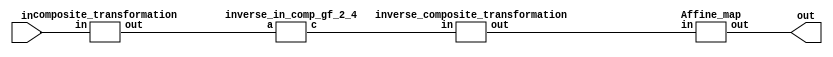
// Code your design here
module SBOX(input [7:0]in, output [7:0]out);
  wire [7:0]	temp1;
  wire [7:0]	temp2;
  wire [7:0]	temp3;
  
  composite_transformation composite_transformation(.in(in),.out(temp1));
  
  inverse_in_comp_gf_2_4 inverse_in_comp_gf_2_4(.a(temp1),.c(temp2));
  
  inverse_composite_transformation inverse_composite_transformation(.in(temp2),.out(temp3));
  
  Affine_map Affine_map(.in(temp3),.out(out));
  
endmodule

module composite_transformation(input [7:0]in,output [7:0]out);
  assign out[7] =in[7] ^ in[5];
  assign out[6] =in[7] ^ in[5] ^ in[3] ^ in[2];
  assign out[5] =in[7] ^ in[6] ^ in[4] ^ in[1];
  assign out[4] =in[6] ^ in[5] ^ in[4] ;
  assign out[3] =in[7] ^ in[6] ^ in[2] ^ in[1];
  assign out[2] =in[6] ^ in[4] ^ in[1] ;
  assign out[1] =in[3] ^ in[1] ;
  assign out[0] =in[7] ^ in[6] ^ in[4] ^ in[3] ^ in[2] ^ in[0];
  
endmodule

module inverse_composite_transformation(input [7:0]in,output [7:0]out);
  assign out[0]=  in[6] ^ in[4] ^ in[0];
  assign out[1]=  in[7] ^ in[5] ^ in[4];
  assign out[2]=  in[6] ^ in[5] ^ in[4] ^ in[1];
  assign out[3]=  in[7] ^ in[5] ^ in[4] ^ in[1] ;
  assign out[4]=  in[6] ^ in[4] ^ in[3] ^ in[1];
  assign out[5]=  in[7] ^ in[5] ^ in[2];
  assign out[6]=  in[7] ^ in[6] ^ in[5] ^ in[3] ^ in[2] ^ in[1];
  assign out[7]=  in[5] ^ in[2];
endmodule

module inverse_in_comp_gf_2_4(input [7:0]a,output [7:0]c);
  wire [3:0]ah;
  wire [3:0]al;
  wire [3:0]t;
  assign t =4'b1;
  wire [3:0]u;
  assign u = 4'h9;
  wire [3:0]A_sq;
  wire [3:0]sq_mul_u;
  wire [3:0]B_sq;
  wire [3:0]AB;
  wire [3:0]inv;
  assign al[0]=a[0];
  assign al[1]=a[1];
  assign al[2]=a[2];
  assign al[3]=a[3];
  assign ah[0]=a[4];
  assign ah[1]=a[5];
  assign ah[2]=a[6];
  assign ah[3]=a[7];
  wire [3:0]d0;
  wire [3:0]d1;
  
  comp_sqr 		sqr1( .x(ah), .out(A_sq));
  comp_mult 	mult1( .x(u), .y(A_sq), .out(sq_mul_u));  
  comp_sqr 		sqr2( .x(al), .out(B_sq));
  comp_mult 	mult2( .x(ah), .y(al), .out(AB));
  comp_inverse 	commoninv( .in((sq_mul_u^B_sq^AB) ), .out(inv) );
  comp_mult	 	mult3( .x(ah), .y(inv), .out(d1));  
  comp_mult 	mult4( .x(ah^al), .y(inv), .out(d0));
  
  assign c[0]=d0[0];
  assign c[1]=d0[1];
  assign c[2]=d0[2];
  assign c[3]=d0[3];
  assign c[4]=d1[0];
  assign c[5]=d1[1];
  assign c[6]=d1[2];
  assign c[7]=d1[3];
  
endmodule

module comp_sqr(input [3:0]x , output [3:0]out);
  assign out[3]=x[3];
  assign out[2]=x[3]^x[1];
  assign out[1]=x[2];
  assign out[0]=x[2]^x[0];
endmodule

module comp_mult( input [3:0]x,input [3:0]y, output [3:0]out);
  wire [6:0]c;
  assign c[0]=(x[0]&y[0]);
  assign c[1]=(x[0]&y[1] ^ x[1]&y[0]);
  assign c[2]=(x[0]&y[2] ^ x[1]&y[1] ^ x[2]&y[0]);
  assign c[3]=(x[0]&y[3] ^ x[1]&y[2] ^ x[2]&y[1]  ^ x[3]&y[0]);
  assign c[4]=(x[3]&y[1] ^ x[2]&y[2] ^ x[1]&y[3]);
  assign c[5]=(x[3]&y[2] ^ x[2]&y[3]);
  assign c[6]=(x[3]&y[3]);
  assign out[3]= ( c[6] ^ c[3]) ;
  assign out[2]= ( c[6] ^ c[5] ^ c[2] );
  assign out[1]= ( c[5] ^ c[4] ^ c[1] );
  assign out[0]= ( c[4] ^ c[0] );
endmodule

module comp_inverse(input [3:0]in ,output [3:0]out);
  reg [3:0] outputbyte;
  always @ (in)
    begin
      case(in)
      	4'h0 : outputbyte = 4'h0;
      	4'h1 : outputbyte = 4'h1;
      	4'h2 : outputbyte = 4'h9;
      	4'h3 : outputbyte = 4'he;
      	4'h4 : outputbyte = 4'hd;
      	4'h5 : outputbyte = 4'hb;
      	4'h6 : outputbyte = 4'h7;
      	4'h7 : outputbyte = 4'h6;
      	4'h8 : outputbyte = 4'hf;
      	4'h9 : outputbyte = 4'h2;
      	4'ha : outputbyte = 4'hc;
      	4'hb : outputbyte = 4'h5;
      	4'hc : outputbyte = 4'ha;
      	4'hd : outputbyte = 4'h4;
      	4'he : outputbyte = 4'h3;
      	4'hf : outputbyte = 4'h8;
      endcase
    end
  assign out[0]=outputbyte[0];
  assign out[1]=outputbyte[1];
  assign out[2]=outputbyte[2];
  assign out[3]=outputbyte[3];
  
endmodule


module Affine_map(input [7:0]in ,output [7:0]out);
  assign out[0]= 1 ^ in[0] ^ in[4] ^ in[5] ^ in[6] ^ in[7];
  assign out[1]= 1 ^ in[0] ^ in[1] ^ in[5] ^ in[6] ^ in[7];
  assign out[2]= 0 ^ in[0] ^ in[1] ^ in[2] ^ in[6] ^ in[7];
  assign out[3]= 0 ^ in[0] ^ in[1] ^ in[2] ^ in[3] ^ in[7];
  assign out[4]= 0 ^ in[0] ^ in[1] ^ in[2] ^ in[3] ^ in[4];
  assign out[5]= 1 ^ in[1] ^ in[2] ^ in[3] ^ in[4] ^ in[5];
  assign out[6]= 1 ^ in[2] ^ in[3] ^ in[4] ^ in[5] ^ in[6];
  assign out[7]= 0 ^ in[3] ^ in[4] ^ in[5] ^ in[6] ^ in[7];
endmodule